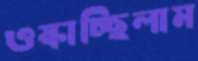
ওস্‌কাচ্ছিলাম